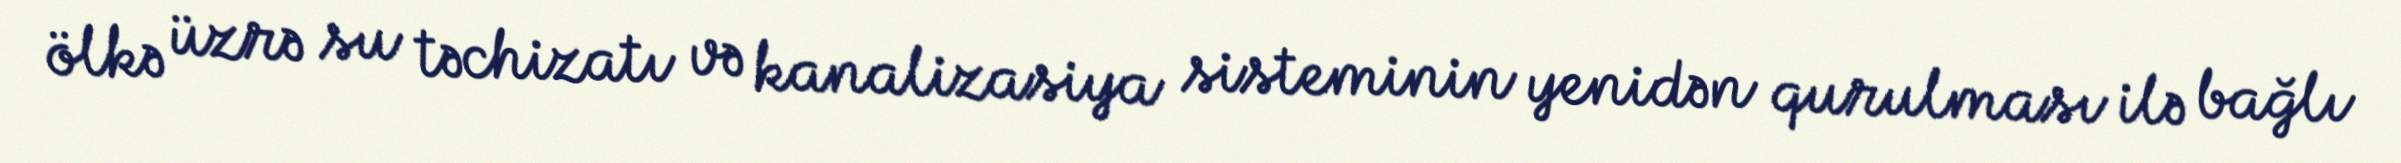
ölkə üzrə su təchizatı və kanalizasiya sisteminin yenidən qurulması ilə bağlı